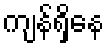
ကျန်ရှိနေ